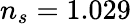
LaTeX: n_{s}=1.029